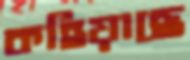
কহিয়াছে